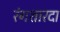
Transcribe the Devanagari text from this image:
रंगशारदा